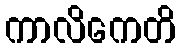
ကာလိကေတိ